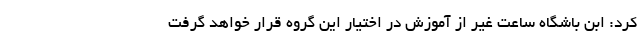
کرد: ابن باشگاه ساعت غیر از آموزش در اختیار این گروه قرار خواهد گرفت